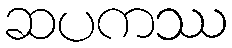
ဆပကဿ